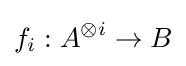
f_{i}:A^{\otimes i}\to B